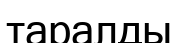
таралды